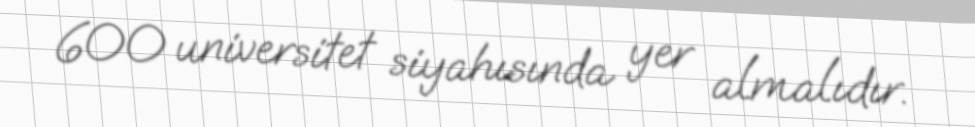
600 universitet siyahısında yer almalıdır.